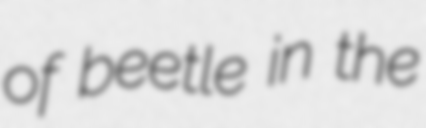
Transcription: of beetle in the